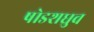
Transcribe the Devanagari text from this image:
षोडशध्रुव